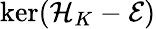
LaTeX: \ker(\mathcal{H}_{K}-\mathcal{E})